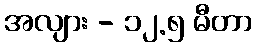
အလျား - ၁၂.၅ မီတာ